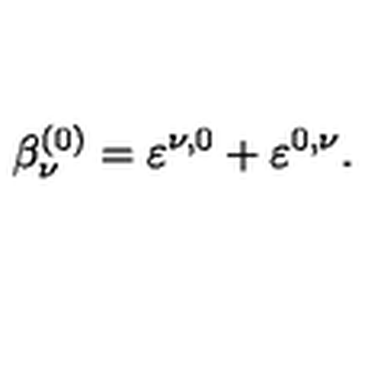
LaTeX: \beta _ { \nu } ^ { ( 0 ) } = \varepsilon ^ { \nu , 0 } + \varepsilon ^ { 0 , \nu } .